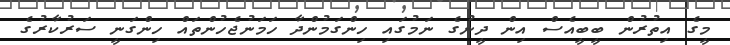
މީގެ އިތުރުން ބީބީއެސް އިން ދީނުގެ ނަމުގައި ހިންގަމުންދާ ހަމަނުޖެހުންތައް ހިންގަނީ ސަރުކާރުގެ